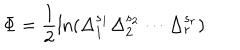
LaTeX: \Phi = \frac 1 2 \ln ( \Delta _ { 1 } ^ { s _ { 1 } } \Delta _ { 2 } ^ { s _ { 2 } } \cdots \Delta _ { r } ^ { s _ { r } } )